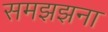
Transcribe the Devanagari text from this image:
समझझना